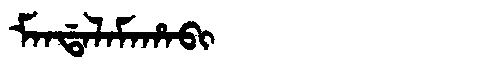
Manchu: ᠮᠠᠨᡩᠠᠯᠠᠮᠠᡥᠠᠪᡳ
Romanization: MANDALAMAHABI